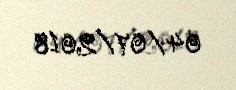
04/07/2018